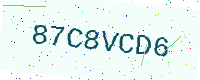
Text: 87C8VCD6